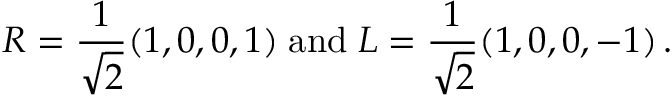
R = { \frac { 1 } { \sqrt 2 } } ( 1 , 0 , 0 , 1 ) \; \mathrm { a n d } \; L = { \frac { 1 } { \sqrt 2 } } ( 1 , 0 , 0 , - 1 ) \, .